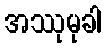
အဿုမုခါ